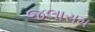
જલારામ